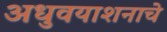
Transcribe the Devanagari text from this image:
अधुवयाशनाचे